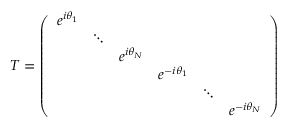
T = \left( \begin{array} { c c c c c c } { { e ^ { i \theta _ { 1 } } } } & { { } } & { { } } & { { } } & { { } } & { { } } \\ { { } } & { { \ddots } } & { { } } & { { } } & { { } } & { { } } \\ { { } } & { { } } & { { e ^ { i \theta _ { N } } } } & { { } } & { { } } & { { } } \\ { { } } & { { } } & { { } } & { { e ^ { - i \theta _ { 1 } } } } & { { } } & { { } } \\ { { } } & { { } } & { { } } & { { } } & { { \ddots } } & { { } } \\ { { } } & { { } } & { { } } & { { } } & { { } } & { { e ^ { - i \theta _ { N } } } } \end{array} \right)